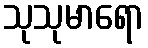
သုသုမာရော